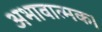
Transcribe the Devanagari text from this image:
अभावात्मक।